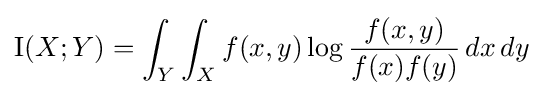
\operatorname {I} (X;Y)=\int _{Y}\int _{X}f(x,y)\log {\frac {f(x,y)}{f(x)f(y)}}\,dx\,dy